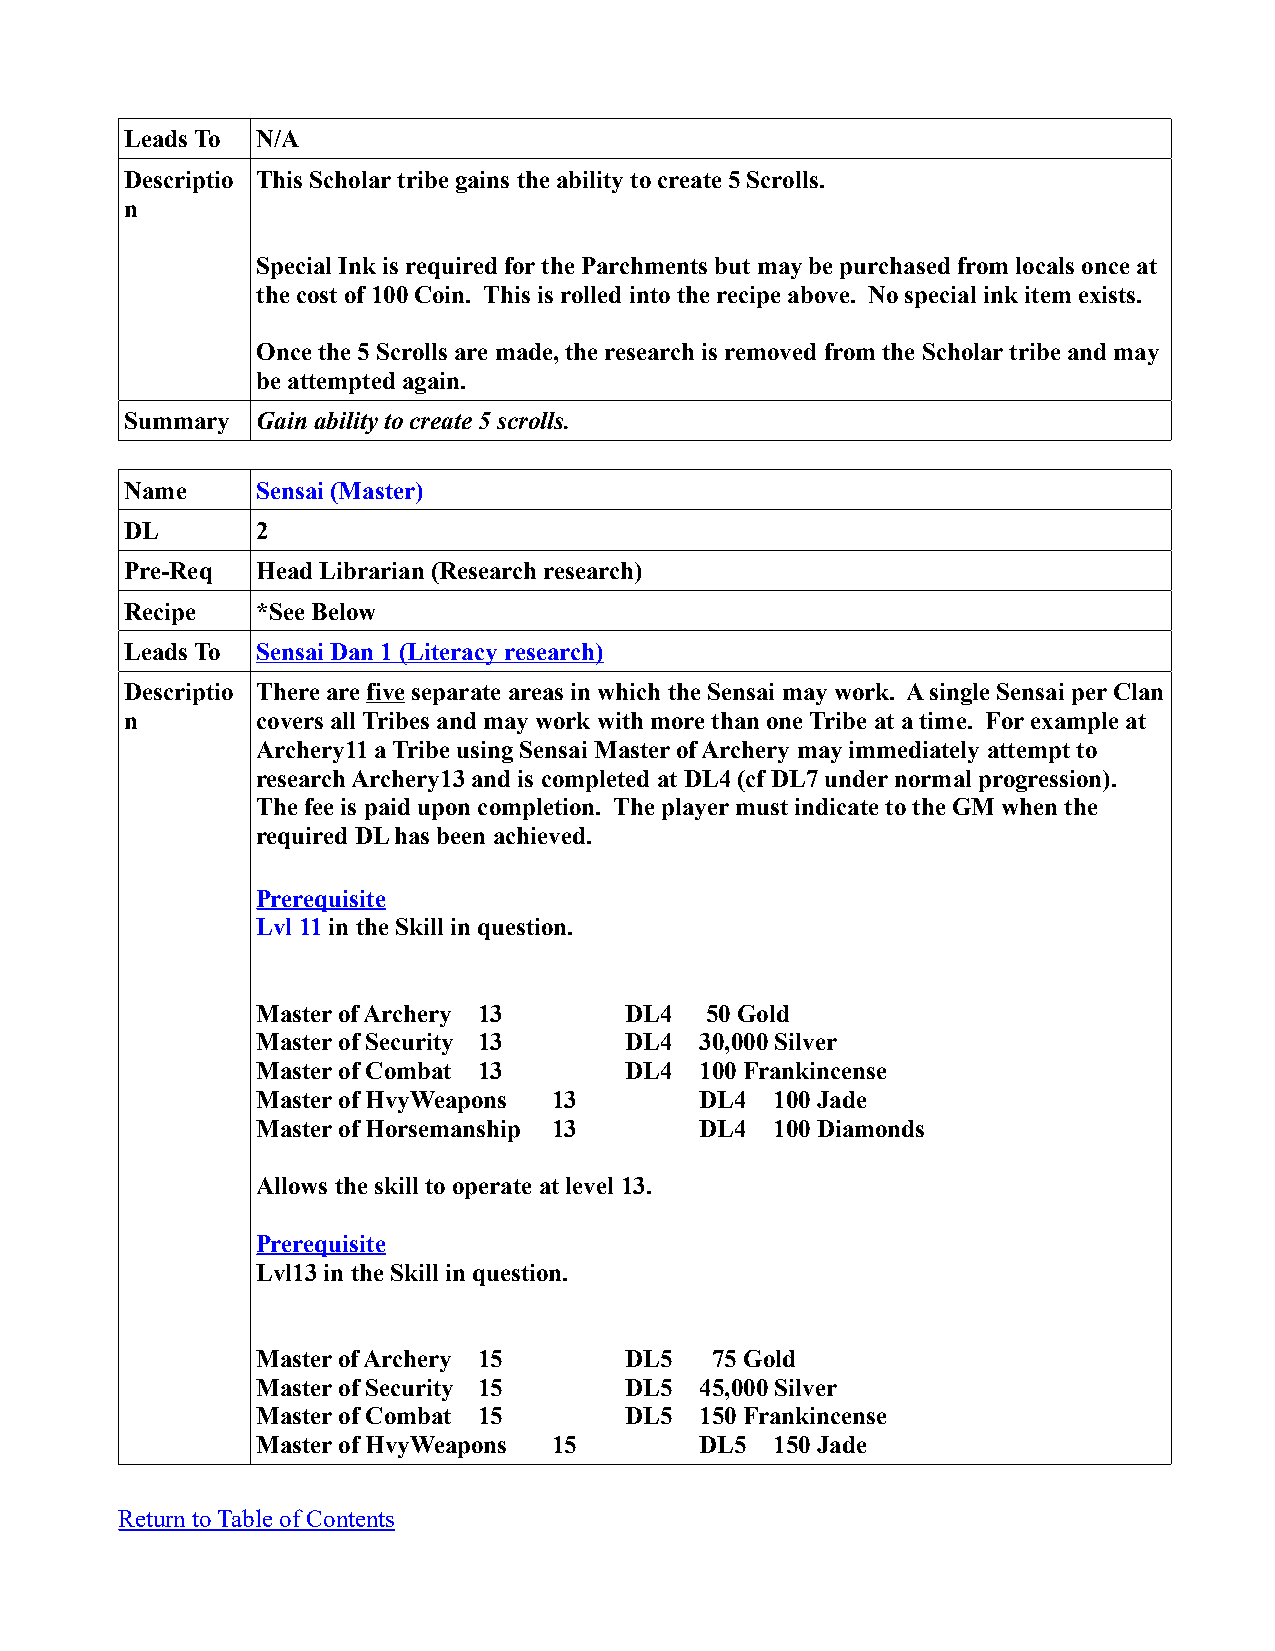
Leads To N/A
 Descriptio This Scholar tribe gains the ability to create 5 Scrolls.
 n
 Special Ink is required for the Parchments but may be purchased from locals once at
 the cost of 100 Coin. This is rolled into the recipe above. No special ink item exists.
 Once the 5 Scrolls are made, the research is removed from the Scholar tribe and may
 be attempted again.
 Summary  Gain ability to create 5 scrolls.
 Name     Sensai (Master)
 DL       2
 Pre-Req  Head Librarian (Research research)
 Recipe   *See Below
 Leads To Sensai Dan 1 (Literacy research)
 Descriptio There are five separate areas in which the Sensai may work. A single Sensai per Clan
 n        covers all Tribes and may work with more than one Tribe at a time. For example at
 Archery11 a Tribe using Sensai Master of Archery may immediately attempt to
 research Archery13 and is completed at DL4 (cf DL7 under normal progression).
 The fee is paid upon completion. The player must indicate to the GM when the
 required DL has been achieved.
 Prerequisite
 Lvl 11 in the Skill in question.
 Master of Archery 13    DL4   50 Gold
 Master of Security 13   DL4  30,000 Silver
 Master of Combat 13     DL4  100 Frankincense
 Master of HvyWeapons 13      DL4  100 Jade
 Master of Horsemanship 13    DL4  100 Diamonds
 Allows the skill to operate at level 13.
 Prerequisite
 Lvl13 in the Skill in question.
 Master of Archery 15    DL5   75 Gold
 Master of Security 15   DL5  45,000 Silver
 Master of Combat 15     DL5  150 Frankincense
 Master of HvyWeapons 15      DL5  150 Jade
 Return to Table of Contents